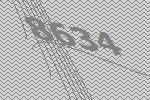
8634